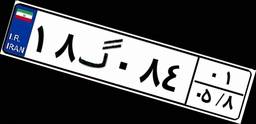
۶۶گ۴۹۱۲۶